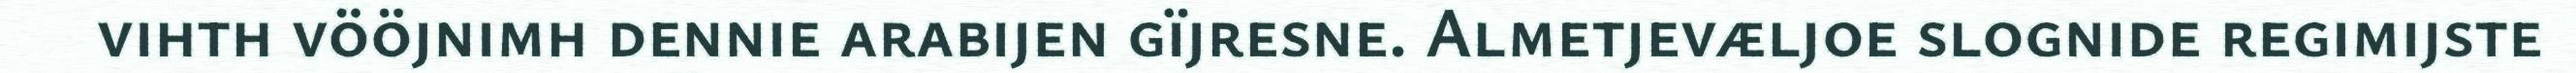
vihth vööjnimh dennie arabijen gïjresne. Almetjevæljoe slognide regimijste